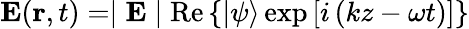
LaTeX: \mathbf{E}(\mathbf{r},t)=\mid\mathbf{E}\mid\mathrm{Re}\left\{ |\psi\rangle\exp\left[i\left(kz-\omega t\right)\right]\right\}